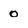
Character: 0